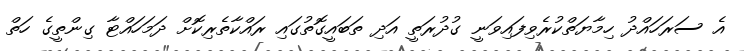
އެ ސަރަހައްދު ހިމާޔަތްކުރެވިފައިވަނީ ގުދުރަތީ އަދި ތަބައީގޮތުގައި ރައްކާތެރިކޮށް ދަމަހައްޓާ ގިންތީގެ ހަތް